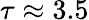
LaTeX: \tau\approx 3.5